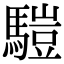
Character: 𩥉